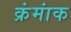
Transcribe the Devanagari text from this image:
क्रंमांक